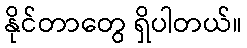
နိုင်တာတွေ ရှိပါတယ်။